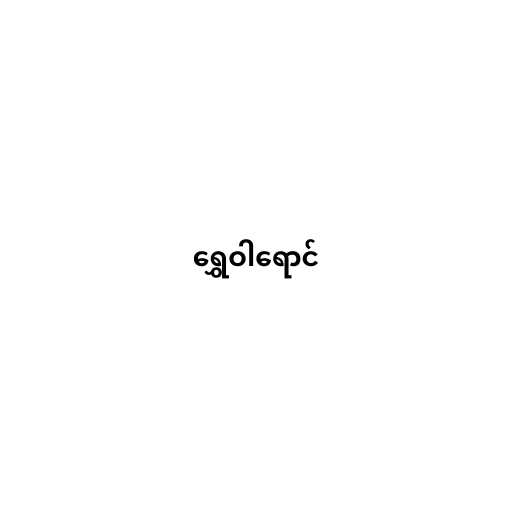
ရွှေဝါရောင်